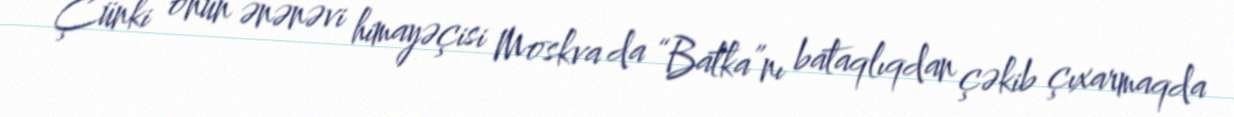
Çünki onun ənənəvi himayəçisi Moskva da “Batka”nı bataqlıqdan çəkib çıxarmaqda